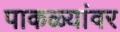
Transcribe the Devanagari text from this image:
पाकळ्यांवर